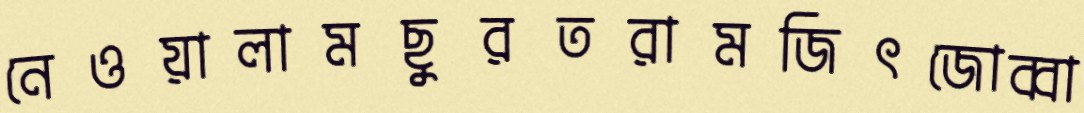
নেওয়ালামছুরতরামজিৎজোব্বা